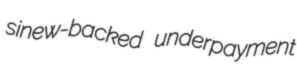
sinew-backed underpayment